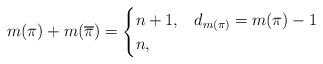
LaTeX: \begin{align*} m(\pi)+m(\overline{\pi}) = \begin{cases} n+1,& d_{m(\pi)}=m(\pi)-1\\ n, & \end{cases}\end{align*}